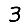
Digit: 3